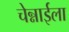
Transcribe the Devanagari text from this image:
चेन्नाईला